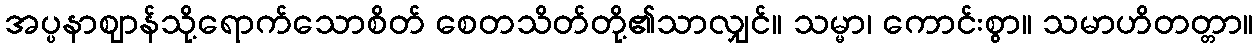
အပ္ပနာဈာန်သို့ရောက်သောစိတ် စေတသိတ်တို့၏သာလျှင်။ သမ္မာ၊ ကောင်းစွာ။ သမာဟိတတ္တာ။